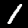
Label: 1